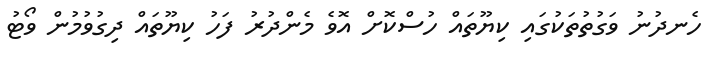
ހެނދުނު ވަގުތުތަކުގައި ކިޔޫތައް ހުސްކޮށް އޮވެ މެންދުރު ފަހު ކިޔޫތައް ދިގުވުމުން ވޯޓު